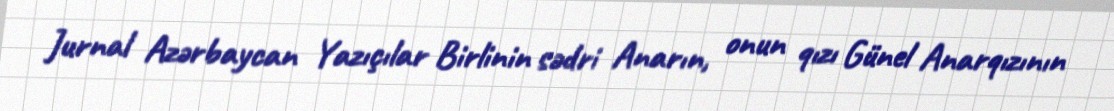
Jurnal Azərbaycan Yazıçılar Birlinin sədri Anarın, onun qızı Günel Anarqızının